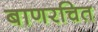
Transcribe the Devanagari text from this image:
बाणरचित